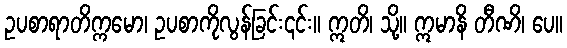
ဥပစာရာတိက္ကမော၊ ဥပစာကိုလွန်ခြင်း၎င်း။ ဣတိ၊ သို့။ ဣမာနိ တီဏိ၊ ပေ။